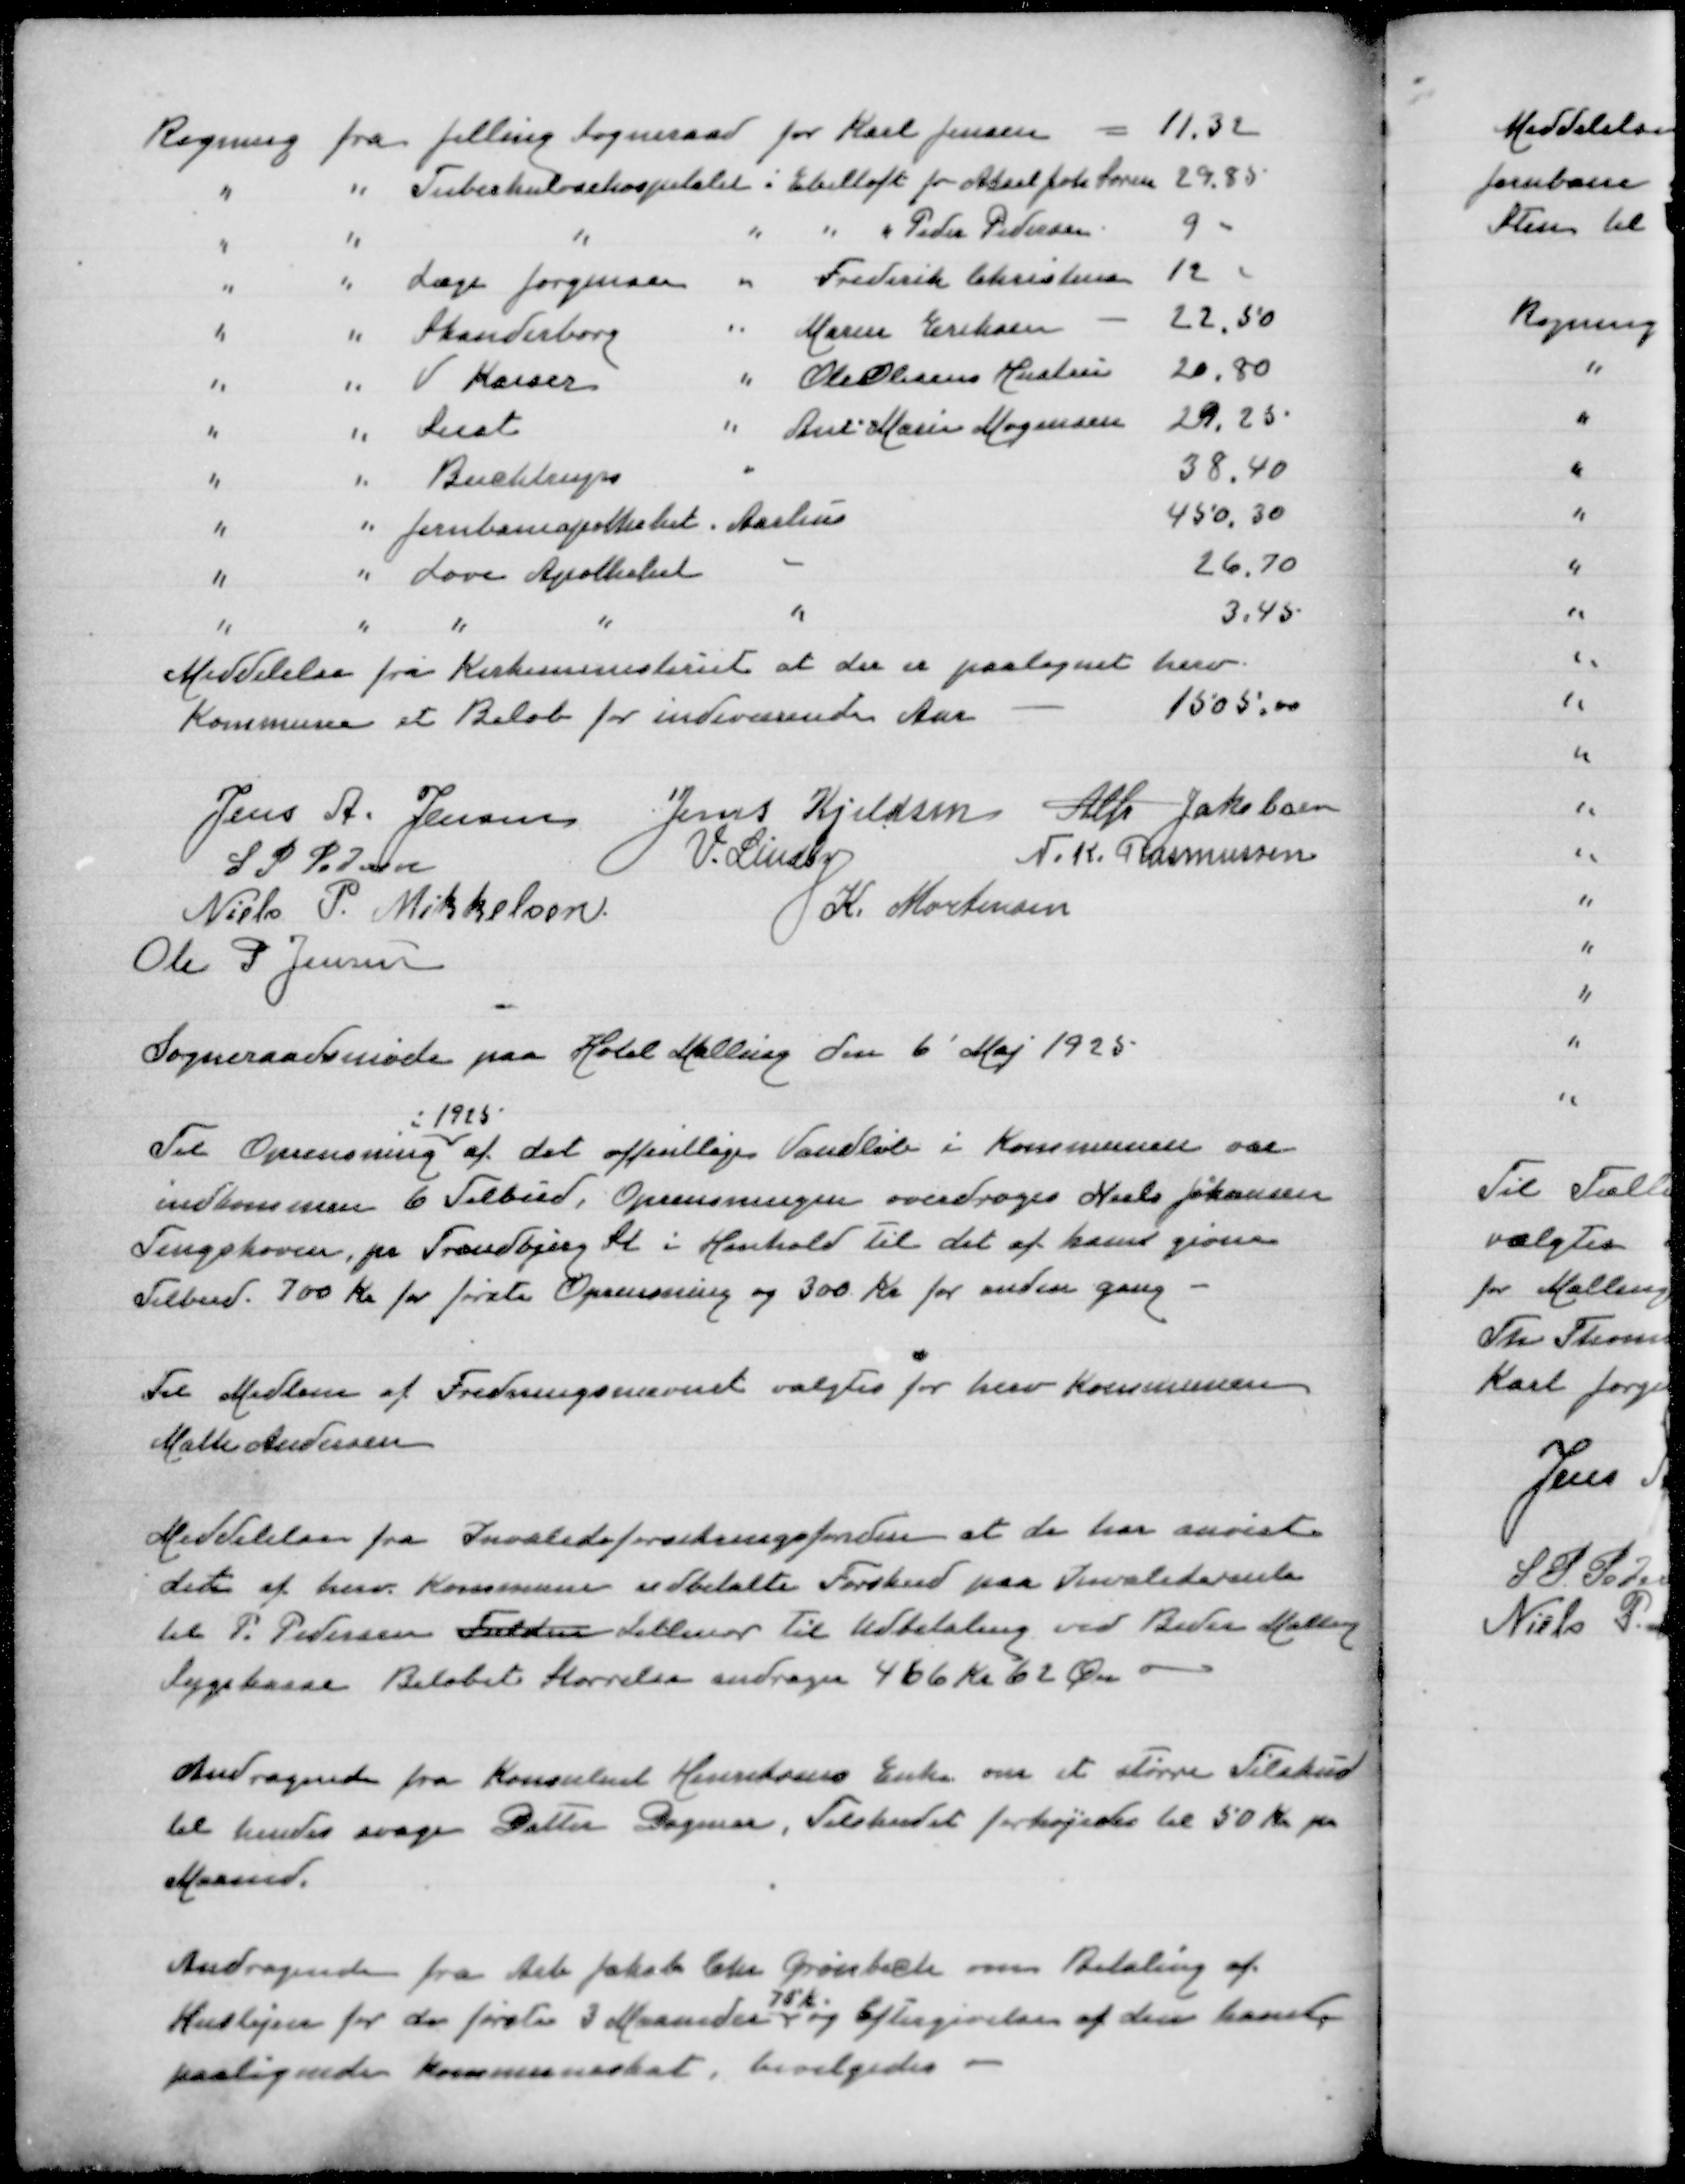
Transskription:
Regning fra Jelling Sogneraad for Karl Jensen
11,32
" " Tuberkulosehospitalet i Ebeltoft for Aksel Joh Søren
29,85
" " " " " " Peder Pedersen
9
" " Læge Jørgensen " Frederik Christensen
12
" " Skanderborg " Maren Eriksen
22,50
" " V Kaiser " Ole Olesens Hustru
20,80
" " Seest " Ane Marie Mogensen
29,25
" " Buchtrup "
38,40
" " Jernbaneapotheket Aarhus
450,30
" " Løve Apotheket "
26,70
" " " " "
3,45

Jens A Jensen
Jens Kjeldsen
Alfr Jakobsen
S P Pedersen
V Lindby
N K Rasmussen
Niels P Mikkelsen
K Mortensen
Ole P Jensen

Sogneraadsmøde paa Hotel Malling den 6' Maj 1925

i 1925
Til Oprensning af det offentlige Vandløb i Kommunen var
indkommen 6 Tilbud, Oprensningen overdrages Niels Johansen
Tingskoven pr Tranbjerg St i Henhold til det af ham givne
Tilbud 700 Kr for første Oprensning og 300 Kr for anden gang

Til Medlem af Fredningsnævnet valgtes for herv Kommune
Malte Andersen

Meddelelse fra Invalideforsikringsfonden at de har anvist
det af herv Kommune udbetalte Forskud paa Invaliderente
til P Pedersen Fulden Lillenor til Udbetaling ved Beder Malling
Sygekasse Beløbets Størrelse andrager 466 Kr 62 Øre

Andragende fra Konsulent Henriksens Enke om et større Tilskud
til hendes svage Datter Dagmar, Tilskudet forhøjedes til 50 Kr pr
Maaned

Andragende fra Arb Chr Grønbæk om Betaling af
75 Kr
Huslejen for de første 3 Maaneder og Eftergivelse af den ham
paalignede Kommuneskat, bevilgedes